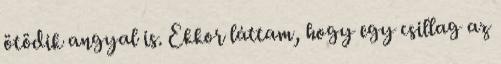
ötödik angyal is. Ekkor láttam, hogy egy csillag az